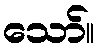
သော်။